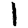
Digit: 1